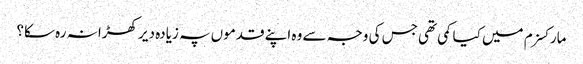
مارکسزم میں کیا کمی تھی جس کی وجہ سے وہ اپنے قدموں پہ زیادہ دیر کھڑا نہ رہ سکا؟